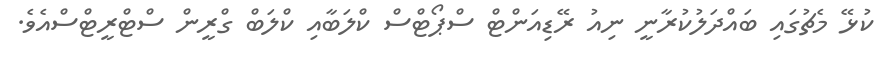
ކުޅޭ މެޗުގައި ބައްދަލުކުރާނީ ނިއު ރޭޑިއަންޓް ސްޕޯޓްސް ކްލަބާއި ކްލަބް ގްރީން ސްޓްރީޓްސްއެވެ.